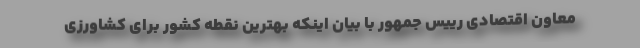
معاون اقتصادی رییس جمهور با بیان اینکه بهترین نقطه کشور برای کشاورزی